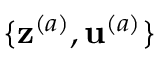
\{ \mathbf { z } ^ { ( a ) } , \mathbf { u } ^ { ( a ) } \}